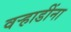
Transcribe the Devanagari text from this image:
वऱ्हाडींना